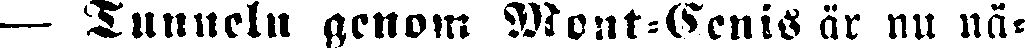
— Tunneln genom Montt-Senis är nu nå-